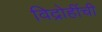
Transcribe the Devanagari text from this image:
विद्रोहींची